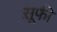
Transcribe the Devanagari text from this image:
स़ूफी